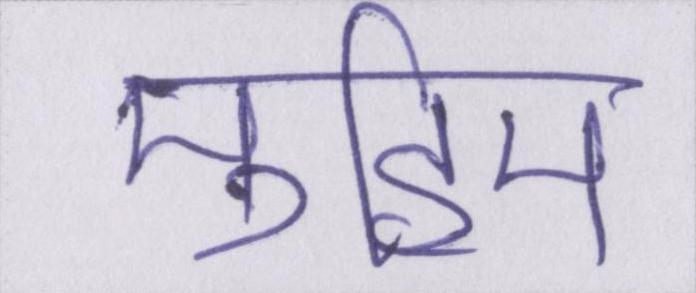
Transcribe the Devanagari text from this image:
मुहिम